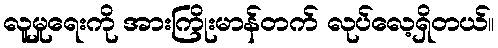
လူမှုရေးကို အားကြိုးမာန်တက် လုပ်လေ့ရှိတယ်။